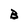
Character: B